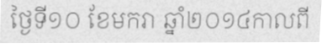
ថ្ងៃទី១០ ខែមករា ឆ្នាំ២០១៤កាលពី